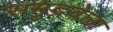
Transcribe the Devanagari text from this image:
समुद्रवेला